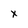
Character: x